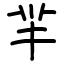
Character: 羋